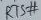
Text: RTS#